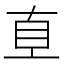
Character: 𰥑